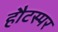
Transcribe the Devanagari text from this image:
हौटस्पर